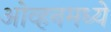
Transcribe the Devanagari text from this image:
ओव्हनमध्ये